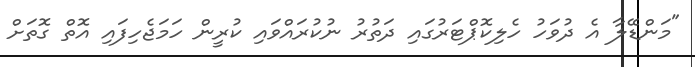
"މަންޑޭލާ އެ ދުވަހު ހެލިކޮޕްޓަރުގައި ދަތުރު ނުކުރައްވައި ކުރީން ހަމަޖެހިފައި އޮތް ގޮތަށް